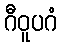
ဂီဝူပဂံ